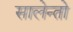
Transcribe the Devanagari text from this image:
सालेन्तो